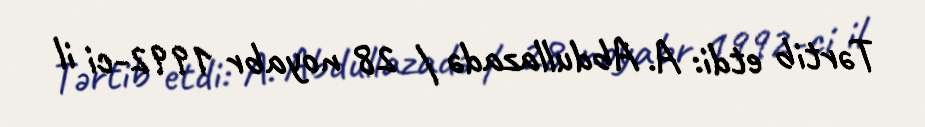
Tərtib etdi: A. Abdullazadə / 28 noyabr 1992-ci il